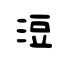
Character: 浢